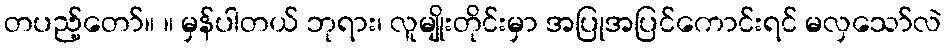
တပည့်တော်။ ။ မှန်ပါတယ် ဘုရား၊ လူမျိုးတိုင်းမှာ အပြုအပြင်ကောင်းရင် မလှသော်လဲ